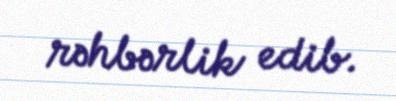
rəhbərlik edib.